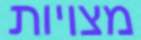
מצויות